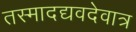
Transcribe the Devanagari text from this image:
तस्मादद्यवदेवात्र